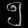
Digit: ၅